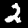
Label: 2